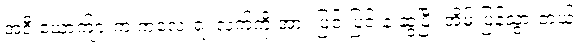
အဲ့ဒီ ယောက်ျားက ကလေးရဲ့ လက်ကို အား ပြင်းပြင်းနဲ့ ဆွဲပြီး အိမ် ပြန်သွားတယ်။